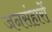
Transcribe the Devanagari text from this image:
जनसंहारों